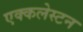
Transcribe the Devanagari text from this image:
एक्कलेस्टन